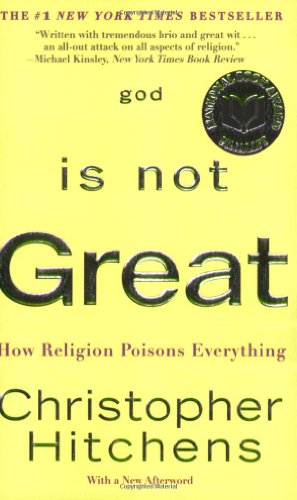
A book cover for God Is Not Great: How Religion Poisons Everything; Christopher Hitchens; Politics & Social Sciences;